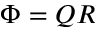
\Phi = Q R